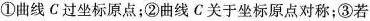
①曲线C过坐标原点；②曲线C关于坐标原点对称；③若